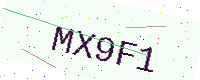
Text: MX9F1